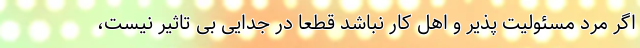
اگر مرد مسئولیت پذیر و اهل کار نباشد قطعا در جدایی بی تاثیر نیست،